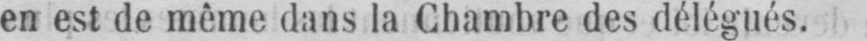
en est de même dans la Chambre des délégués.